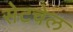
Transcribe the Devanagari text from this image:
सेटचेल